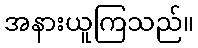
အနားယူကြသည်။